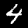
Label: 4